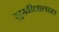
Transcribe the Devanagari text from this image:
सुखीलालावर